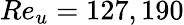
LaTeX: Re_{u}=127,190